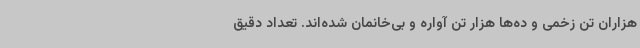
هزاران تن زخمی و ده‌ها هزار تن آواره و بی‌خانمان شده‌اند. تعداد دقیق